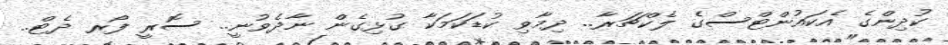
ކުދިންގެ އެކައުންޓްސްގެ ލެކްޗަރާ.. ދިމާވި ކުޑަކަމަކާ ގުޅިގެން ނާދެވުނީ.. ސޮރީ ފޯރ ދެޓް..